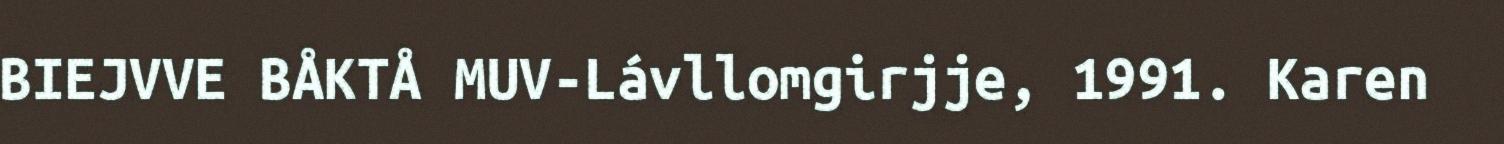
BIEJVVE BÅKTÅ MUV-Lávllomgirjje, 1991. Karen